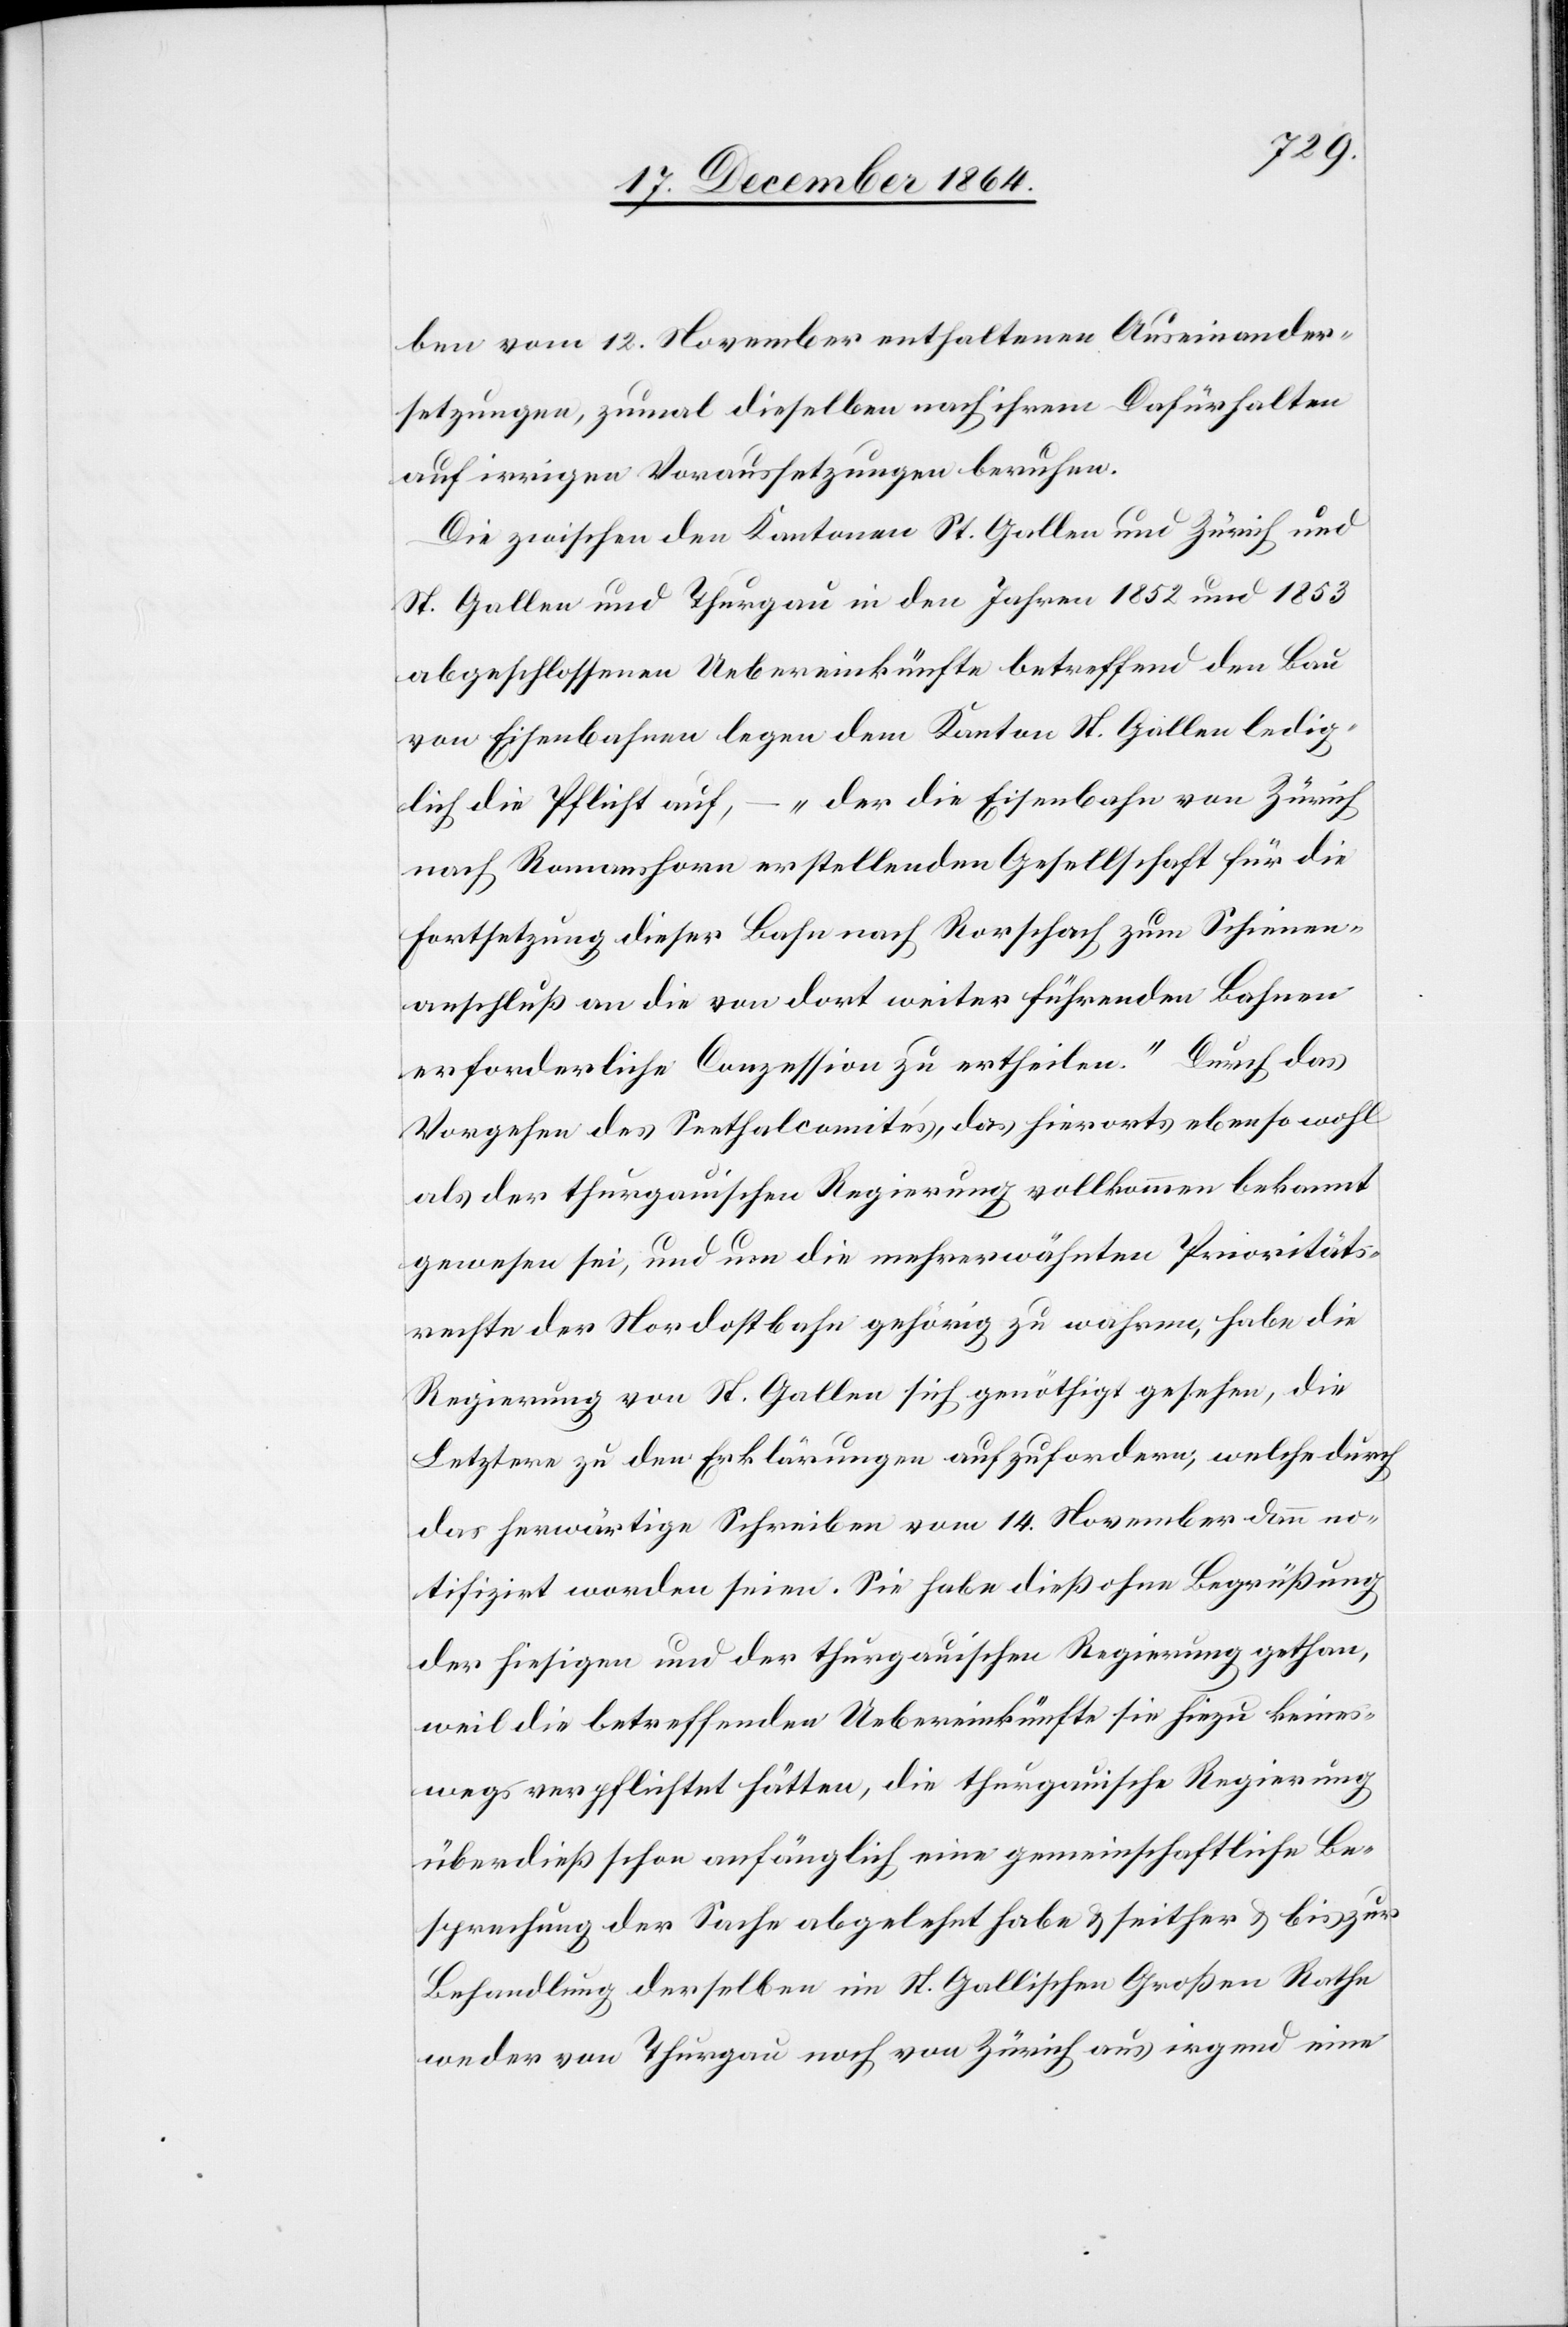
ben vom 12. November enthaltenen Auseinander¬
setzungen, zumal dieselben nach ihrem Dafürhalten
auf irrigen Voraussetzungen beruhen.
Die zwischen den Kantonen St. Gallen und Zürich und
St. Gallen und Thurgau in den Jahren 1852 und 1853
abgeschlossenen Uebereinkünfte betreffend den Bau
von Eisenbahnen legen dem Kanton St. Gallen ledig¬
lich die Pflicht auf, – „der die Eisenbahn von Zürich
nach Romanshorn erstellenden Gesellschaft für die
Fortsetzung dieser Bahn nach Rorschach zum Schienen¬
anschluß an die von dort weiter führenden Bahnen
erforderliche Conzession zu ertheilen.“ Durch das
Vorgehen des Seethalcomités, das hierorts ebenso wohl
als der thurgauischen Regierung vollkommen bekannt
gewesen sei, und um die mehrerwähnten Prioritäts¬
rechte der Nordostbahn gehörig zu wahren, habe die
Regierung von St. Gallen sich genöthigt gesehen, die
Letztere zu den Erklärungen aufzufordern, welche durch
das herwärtige Schreiben vom 14. November dann no¬
tifizirt worden seien. Sie habe dieß ohne Begrüßung
der hiesigen und der thurgauischen Regierung gethan,
weil die betreffenden Uebereinkünfte sie hiezu keines¬
wegs verpflichtet hätten, die thurgauische Regierung
überdieß schon anfänglich eine gemeinschaftliche Be¬
sprechung der Sache abgelehnt habe & seither & bis zur
Behandlung derselben im St. Gallischen Großen Rathe
weder von Thurgau noch von Zürich aus irgend eine